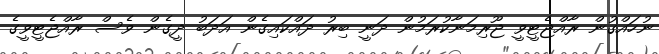
ނުހައްގުން ރާއްޖެޓީވީ ޖޫރިމަނާކުރަމުން ދަނީ ބިރު ދައްކައިގެން އަދަބު ދީގެން ވެސް ރާއްޖެޓީވީގެ